Report of an investigation into the causes of malaria in Bombay and the measures necessary for its control
Disease focus: Malaria
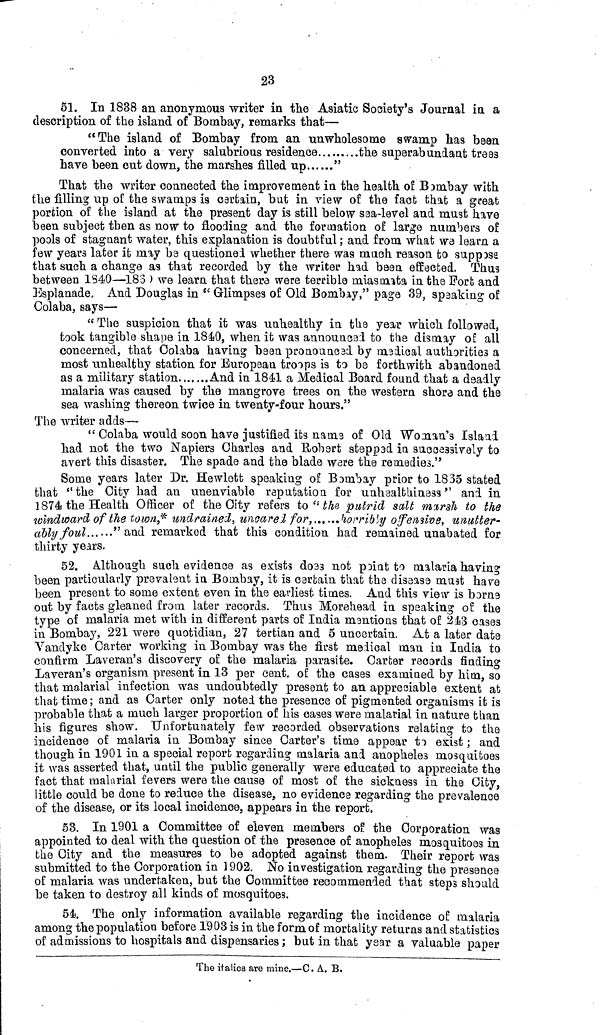
23
51. In 1838 an anonymous writer in the Asiatic Society's Journal in a
description of the island of Bombay, remarks that—
"The island of Bombay from an unwholesome swamp has bean
converted into a very salubrious residence
the superabundant trees
have been cut down, the marshes filled up
"
That the writer connected the improvement in the health of Bombay with
the filling up of the swamps is certain, but in view of the fact that a great
portion of the island at the present day is still below sea-level and must have
been subject then as now to flooding and the formation of large numbers of
pools of stagnant water, this explanation is doubtful ; and from what we learn a
few years later it may be questioned whether there was much reason to suppose
that such a change as that recorded by the writer had been effected. Thus
between 1340—185 ) we learn that there were terrible miasmata in the Fort and
Esplanade, And Douglas in "Glimpses of Old Bombay," page 39, speaking of
Colaba, says—
" The suspicion that it was unhealthy in the year which followed,
took tangible shape in 1840, when it was announced to the dismay of all
concerned, that Colaba having been pronounced by medical authorities a
most unhealthy station for European troops is to be forthwith abandoned
as a military station
And in 1841 a Medical Board found that a deadly
malaria was caused by the mangrove trees on the western shore and the
sea washing thereon twice in twenty-four hours."
The writer adds—
" Colaba would soon have justified its nam.3 of Old Woman's Island
had not the two Napiers Charles and Robert steppad in successively to
avert this disaster. The spade and the blade were the remedies."
Some years later Dr. Hewlett speaking of Bombay prior to 1835 stated
that "the City had an unenviable raputation for unhealthiness " and in
1874 the Health Officer of the City refers to "the putrid salt marsh to the
windward of the town,* undrained, uncared for,
horribly offensive, unutter-
ably foul
"and remarked that this condition had remained unabated for
thirty years.
52. Although such evidence as exists does not point to malaria having
been particularly prevalent in Bombay, it is certain that the disease must have
been present to some extent even in the earliest times. And this view is born3
out by facts gleaned from later records. Thus Morehead in speaking of the
type of malaria met with in different parts of India mentions that of 243 cases
in Bombay, 221 were quotidian, 27 tertian and 5 uncertain. At a later date
Vandyke Carter working in Bombay was the first medical man in India to
confirm Laveran's discovery of the malaria parasite. Carter records finding
Laveran's organism present in 13 per cent. of the cases examined by him, so
that malarial infection was undoubtedly present to an appreciable extent at
that time ; and as Carter only noted the presence of pigmented organisms it is
probable that a much larger proportion of his cases were malarial in nature than
his figures show. Unfortunately few recorded observations relating to the
incidence of malaria in Bombay since Carter's time appear to exist ; and
though in 1901 in a special report regarding malaria and anopheles mosquitoes
it was asserted that, until the public generally were educated to appreciate the
fact that malarial fevers were the cause of most of the sickness in the City,
little could be done to reduce the disease, no evidence regarding the prevalence
of the disease, or its local incidence, appears in the report.
53. In 1901 a Committee of eleven members of the Corporation was
appointed to deal with the question of the presence of anopheles mosquitoes in
the City and the measures to be adopted against them. Their report was
submitted to the Corporation in 1902. No investigation regarding the presence
of malaria was undertaken, but the Committee recommended that steps should
be taken to destroy all kinds of mosquitoes.
54. The only information available regarding the incidence of malaria
among the population before 1903 is in the form of mortality returns and statistics
of admissions to hospitals and dispensaries ; but in that year a valuable paper
The italics are mine.—C. A. B.